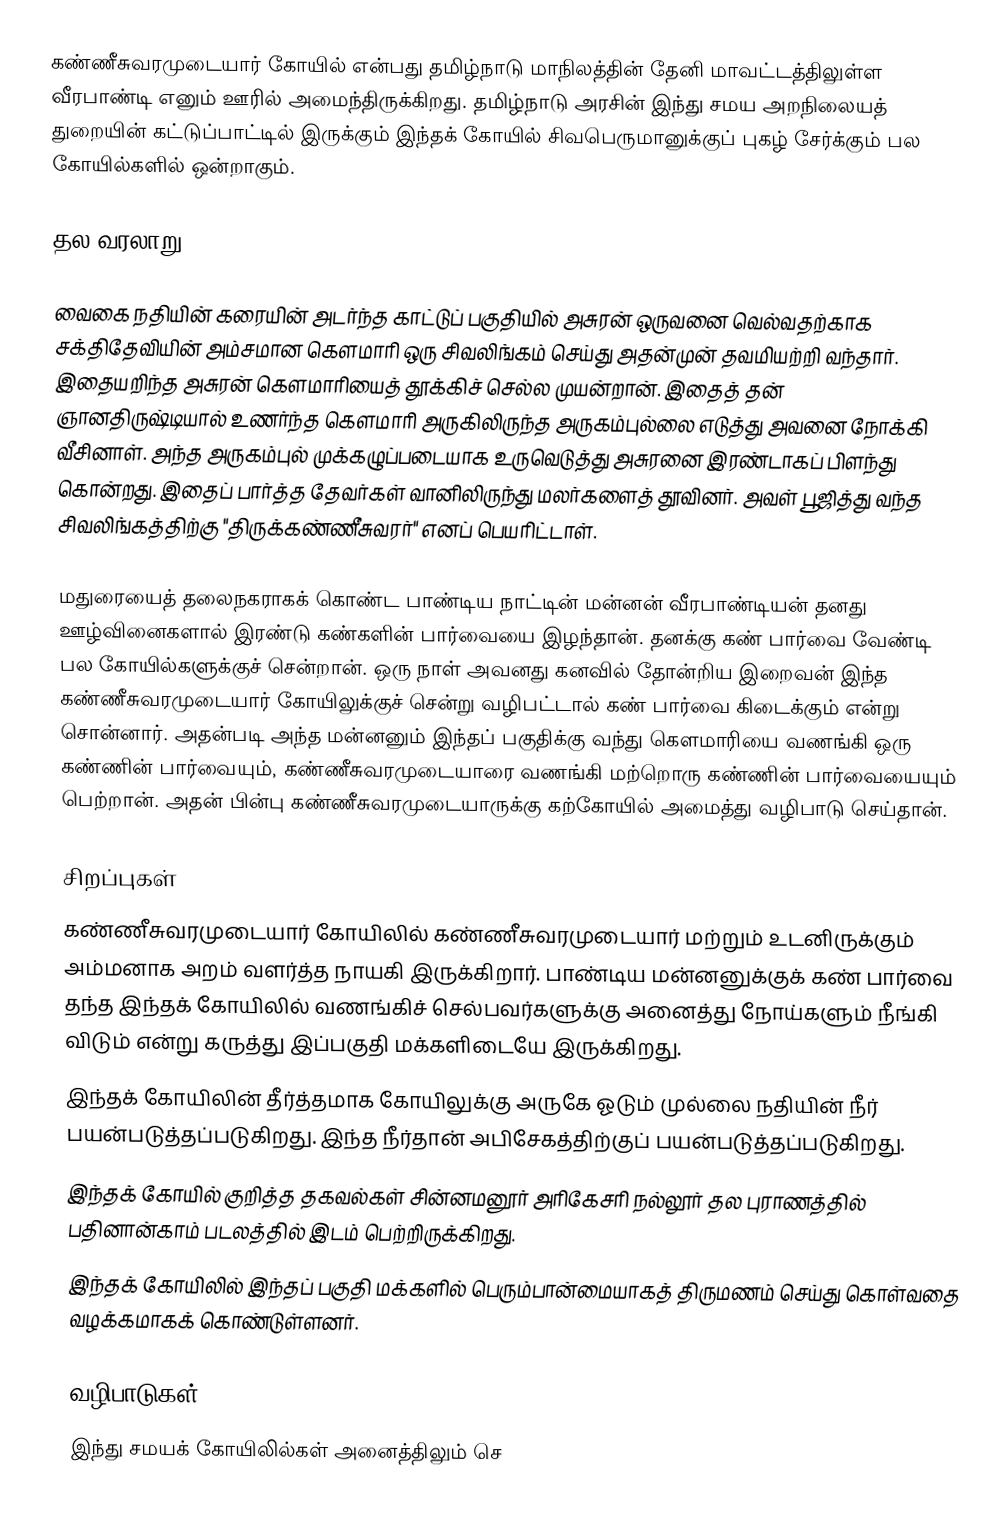
கண்ணீசுவரமுடையார் கோயில் என்பது தமிழ்நாடு மாநிலத்தின் தேனி மாவட்டத்திலுள்ள  வீரபாண்டி எனும் ஊரில் அமைந்திருக்கிறது. தமிழ்நாடு அரசின் இந்து சமய அறநிலையத் துறையின் கட்டுப்பாட்டில் இருக்கும் இந்தக் கோயில் சிவபெருமானுக்குப் புகழ் சேர்க்கும் பல கோயில்களில் ஒன்றாகும்.

தல வரலாறு

வைகை நதியின் கரையின் அடர்ந்த காட்டுப் பகுதியில் அசுரன் ஒருவனை வெல்வதற்காக சக்திதேவியின் அம்சமான கௌமாரி ஒரு சிவலிங்கம் செய்து அதன்முன் தவமியற்றி வந்தார். இதையறிந்த அசுரன் கௌமாரியைத் தூக்கிச் செல்ல முயன்றான். இதைத் தன் ஞானதிருஷ்டியால் உணர்ந்த கௌமாரி அருகிலிருந்த அருகம்புல்லை எடுத்து அவனை நோக்கி வீசினாள். அந்த அருகம்புல் முக்கழுப்படையாக உருவெடுத்து அசுரனை இரண்டாகப் பிளந்து கொன்றது. இதைப் பார்த்த தேவர்கள் வானிலிருந்து மலர்களைத் தூவினர். அவள் பூஜித்து வந்த சிவலிங்கத்திற்கு "திருக்கண்ணீசுவரர்"  எனப் பெயரிட்டாள்.

மதுரையைத் தலைநகராகக் கொண்ட பாண்டிய நாட்டின் மன்னன் வீரபாண்டியன் தனது ஊழ்வினைகளால் இரண்டு கண்களின் பார்வையை இழந்தான். தனக்கு கண் பார்வை வேண்டி பல கோயில்களுக்குச் சென்றான். ஒரு நாள் அவனது கனவில் தோன்றிய இறைவன் இந்த கண்ணீசுவரமுடையார் கோயிலுக்குச் சென்று வழிபட்டால் கண் பார்வை கிடைக்கும் என்று சொன்னார். அதன்படி அந்த மன்னனும் இந்தப் பகுதிக்கு வந்து கௌமாரியை வணங்கி ஒரு கண்ணின் பார்வையும், கண்ணீசுவரமுடையாரை வணங்கி மற்றொரு கண்ணின் பார்வையையும் பெற்றான். அதன் பின்பு கண்ணீசுவரமுடையாருக்கு கற்கோயில் அமைத்து வழிபாடு செய்தான்.

சிறப்புகள்
கண்ணீசுவரமுடையார் கோயிலில் கண்ணீசுவரமுடையார் மற்றும் உடனிருக்கும் அம்மனாக அறம் வளர்த்த நாயகி இருக்கிறார். பாண்டிய மன்னனுக்குக் கண் பார்வை தந்த இந்தக் கோயிலில் வணங்கிச் செல்பவர்களுக்கு அனைத்து நோய்களும் நீங்கி விடும் என்று கருத்து இப்பகுதி மக்களிடையே இருக்கிறது.
இந்தக் கோயிலின் தீர்த்தமாக கோயிலுக்கு அருகே ஓடும் முல்லை நதியின் நீர் பயன்படுத்தப்படுகிறது. இந்த நீர்தான் அபிசேகத்திற்குப் பயன்படுத்தப்படுகிறது.
இந்தக் கோயில் குறித்த தகவல்கள் சின்னமனூர் அரிகேசரி நல்லூர் தல புராணத்தில் பதினான்காம் படலத்தில் இடம் பெற்றிருக்கிறது.
இந்தக் கோயிலில் இந்தப் பகுதி மக்களில் பெரும்பான்மையாகத் திருமணம் செய்து கொள்வதை வழக்கமாகக் கொண்டுள்ளனர்.

வழிபாடுகள்
இந்து சமயக் கோயிலில்கள் அனைத்திலும் செ